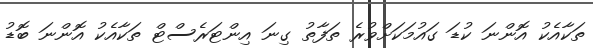
ތަކާއެކު އޮންނަ ކުޑަ ގައުމަކަށްވުރެ ތަފާތު ގިނަ އިންޓަރެސްޓް ތަކާއެކު އޮންނަ ބޮޑު